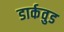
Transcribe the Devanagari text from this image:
डार्कवुड